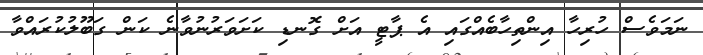
ނަމަވެސް ހުރިހާ އިންތިހާބެއްގައި އެ ޕާޓީ އަށް ގޮނޑި ކަށަވަރުނުވާނެ ކަން ގަބޫލުކުރައްވާ